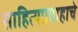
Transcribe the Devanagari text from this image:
साहित्यप्रवाहाचे